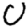
Digit: 0